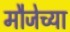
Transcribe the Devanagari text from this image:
मौजेच्या